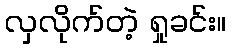
လှလိုက်တဲ့ ရှုခင်း။